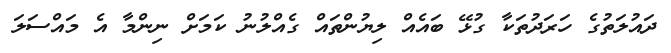
ދައުލަތުގެ ހަރަދުތަކާ ގުޅޭ ބައެއް ލިޔުންތައް ގެއްލުނު ކަމަށް ނިންމާ އެ މައްސަލަ